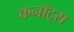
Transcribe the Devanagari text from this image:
कनॉट्स